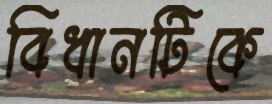
বিধানটিকে